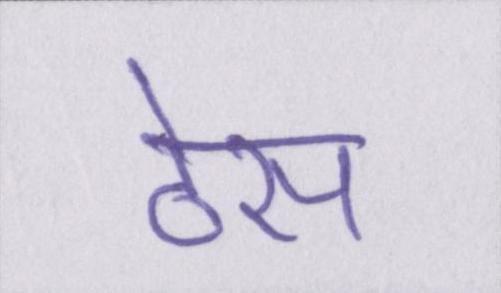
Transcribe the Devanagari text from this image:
ठेस